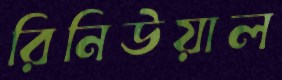
রিনিউয়াল